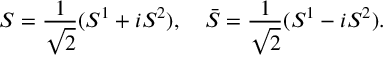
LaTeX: S = \frac { 1 } { \sqrt { 2 } } ( S ^ { 1 } + i S ^ { 2 } ) , \quad \bar { S } = \frac { 1 } { \sqrt { 2 } } ( S ^ { 1 } - i S ^ { 2 } ) .